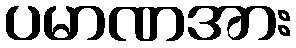
ပမာဏအား